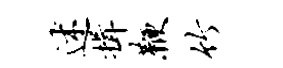
述揖鞭竹